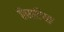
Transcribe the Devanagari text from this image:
हैस्टिया